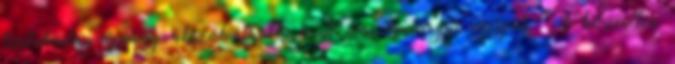
tartalmilag éppúgy abszolválható, mint más tantárgyi vizsgák. A közvetlen